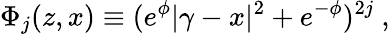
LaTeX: \Phi_{j}(z,x)\equiv(e^{\phi}|\gamma-x|^{2}+e^{-\phi})^{2j}~,